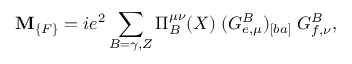
\mathbf { M } _ { \{ F \} } = i e ^ { 2 } \sum _ { B = \gamma , Z } \Pi _ { B } ^ { \mu \nu } ( X ) \; ( G _ { e , \mu } ^ { B } ) _ { [ b a ] } \; G _ { f , \nu } ^ { B } ,